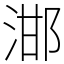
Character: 𣵷